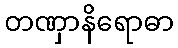
တဏှာနိရောဓာ